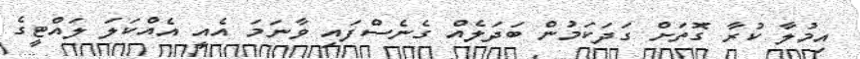
އިމުލާ ކުރާ ގޮތަށް ގަދަކަމުން ބަދަލެއް ގެނެސްފައި ވާނަމަ އެއީ އެއްކަލަ ލައްޓީގެ